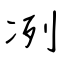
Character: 冽